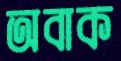
অবাক